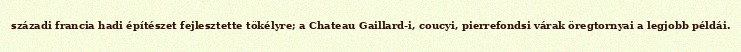
századi francia hadi építészet fejlesztette tökélyre; a Chateau Gaillard-i, coucyi, pierrefondsi várak öregtornyai a legjobb példái.